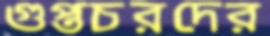
গুপ্তচরদের